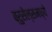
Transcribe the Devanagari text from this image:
ब्रुसेल्समध्ये